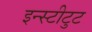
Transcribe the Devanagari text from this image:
इन्स्टीटुट